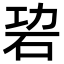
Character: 𥑙